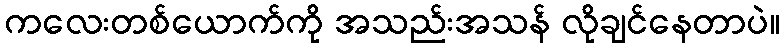
ကလေးတစ်ယောက်ကို အသည်းအသန် လိုချင်နေတာပဲ။